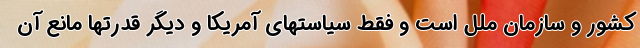
کشور و سازمان ملل است و فقط سیاستهای آمریکا و دیگر قدرتها مانع آن